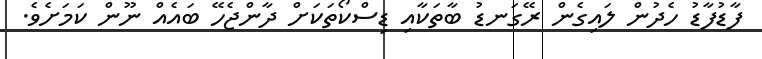
ފާޑުފާޑު ހެދުން ލައިގެން ރޭގަނޑު ބާތަކާއި ޑިސްކޯތަކަށް ދާންޖެހޭ ބައެއް ނޫން ކަަމަށެވެ.